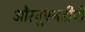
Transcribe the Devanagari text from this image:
औरयूएनडीपी